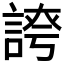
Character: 𧩊